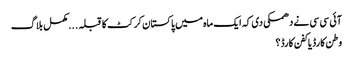
آئی سی سی نے دھمکی دی کہ ایک ماہ میں پاکستان کرکٹ کا قبلہ . . . مکمل بلاگ
وطن کارڈ یا کفن کارڈ؟